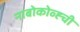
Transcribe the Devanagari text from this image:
नाबोकोव्ह्ची